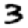
Digit: 3